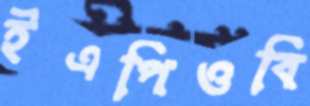
ইএপিওবি